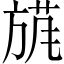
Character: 𱡴